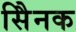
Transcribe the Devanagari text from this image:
सैिनक